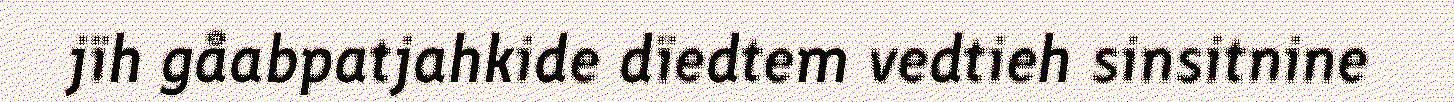
jïh gåabpatjahkide dïedtem vedtieh sinsitnine